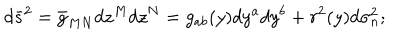
LaTeX: d { \bar { s } } ^ { 2 } = \bar { g } _ { M N } d z ^ { M } d z ^ { N } = g _ { a b } ( y ) d y ^ { a } d y ^ { b } + r ^ { 2 } ( y ) d \sigma _ { n } ^ { 2 } ;